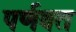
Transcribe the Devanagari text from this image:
पर्णवत